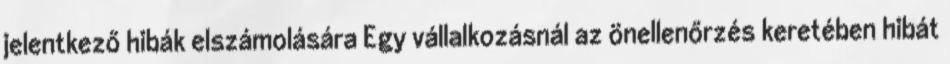
jelentkező hibák elszámolására Egy vállalkozásnál az önellenőrzés keretében hibát